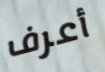
أعرف